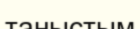
таныстым